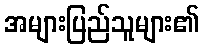
အများပြည်သူများ၏